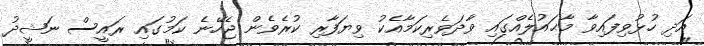
އަދި ހުޅުވިފައިވާ މާޙައުލެއްގައި ވާދަވެރިކަމާއެކު ވިޔަފާރި ކުރެވެން ޖެހޭނެ ކަމުގައި ރައީސް ނަޝީދު